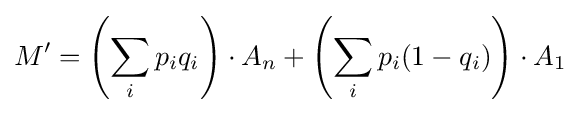
M'=\left(\sum _{i}p_{i}q_{i}\right)\cdot A_{n}+\left(\sum _{i}p_{i}(1-q_{i})\right)\cdot A_{1}